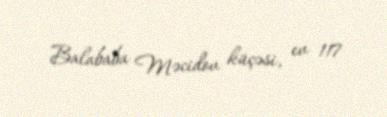
Balababa Məcidov küçəsi, ev 117